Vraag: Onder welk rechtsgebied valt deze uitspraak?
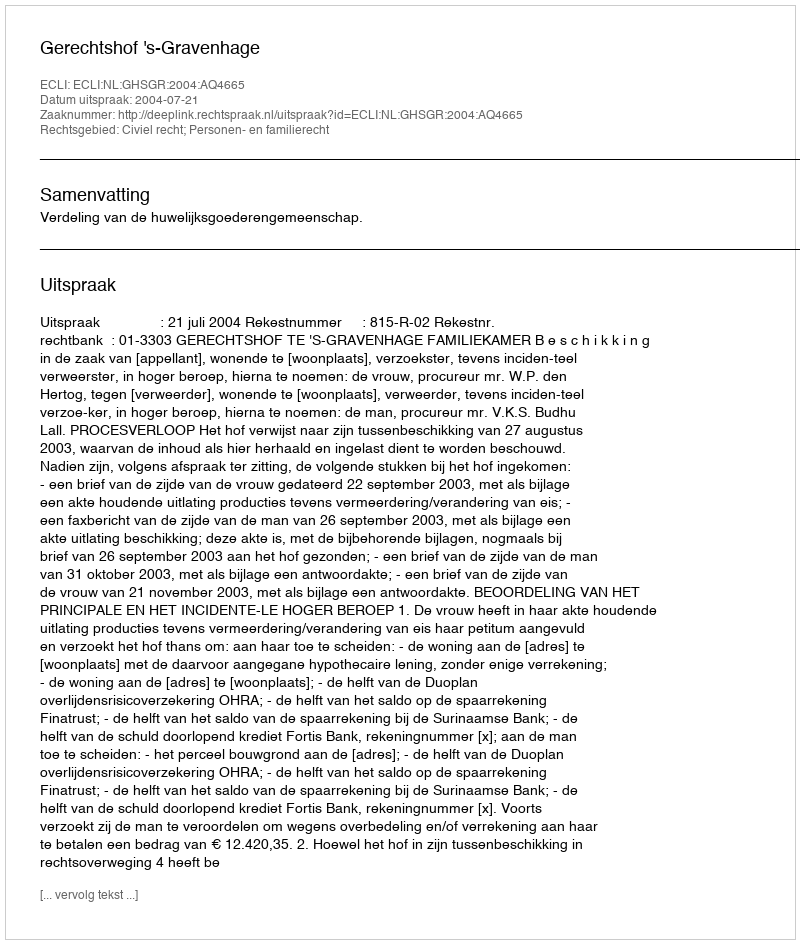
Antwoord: Civiel recht; Personen- en familierecht